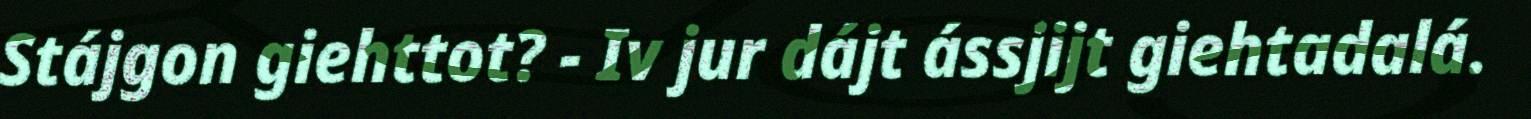
Stájgon giehttot? - Iv jur dájt ássjijt giehtadalá.